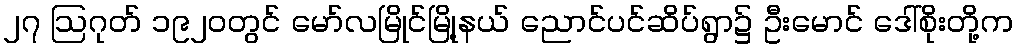
၂၇ ဩဂုတ် ၁၉၂၀တွင် မော်လမြိုင်မြို့နယ် ညောင်ပင်ဆိပ်ရွာ၌ ဦးမောင် ဒေါ်စိုးတို့က